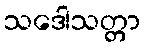
သဒေါသတ္တာ